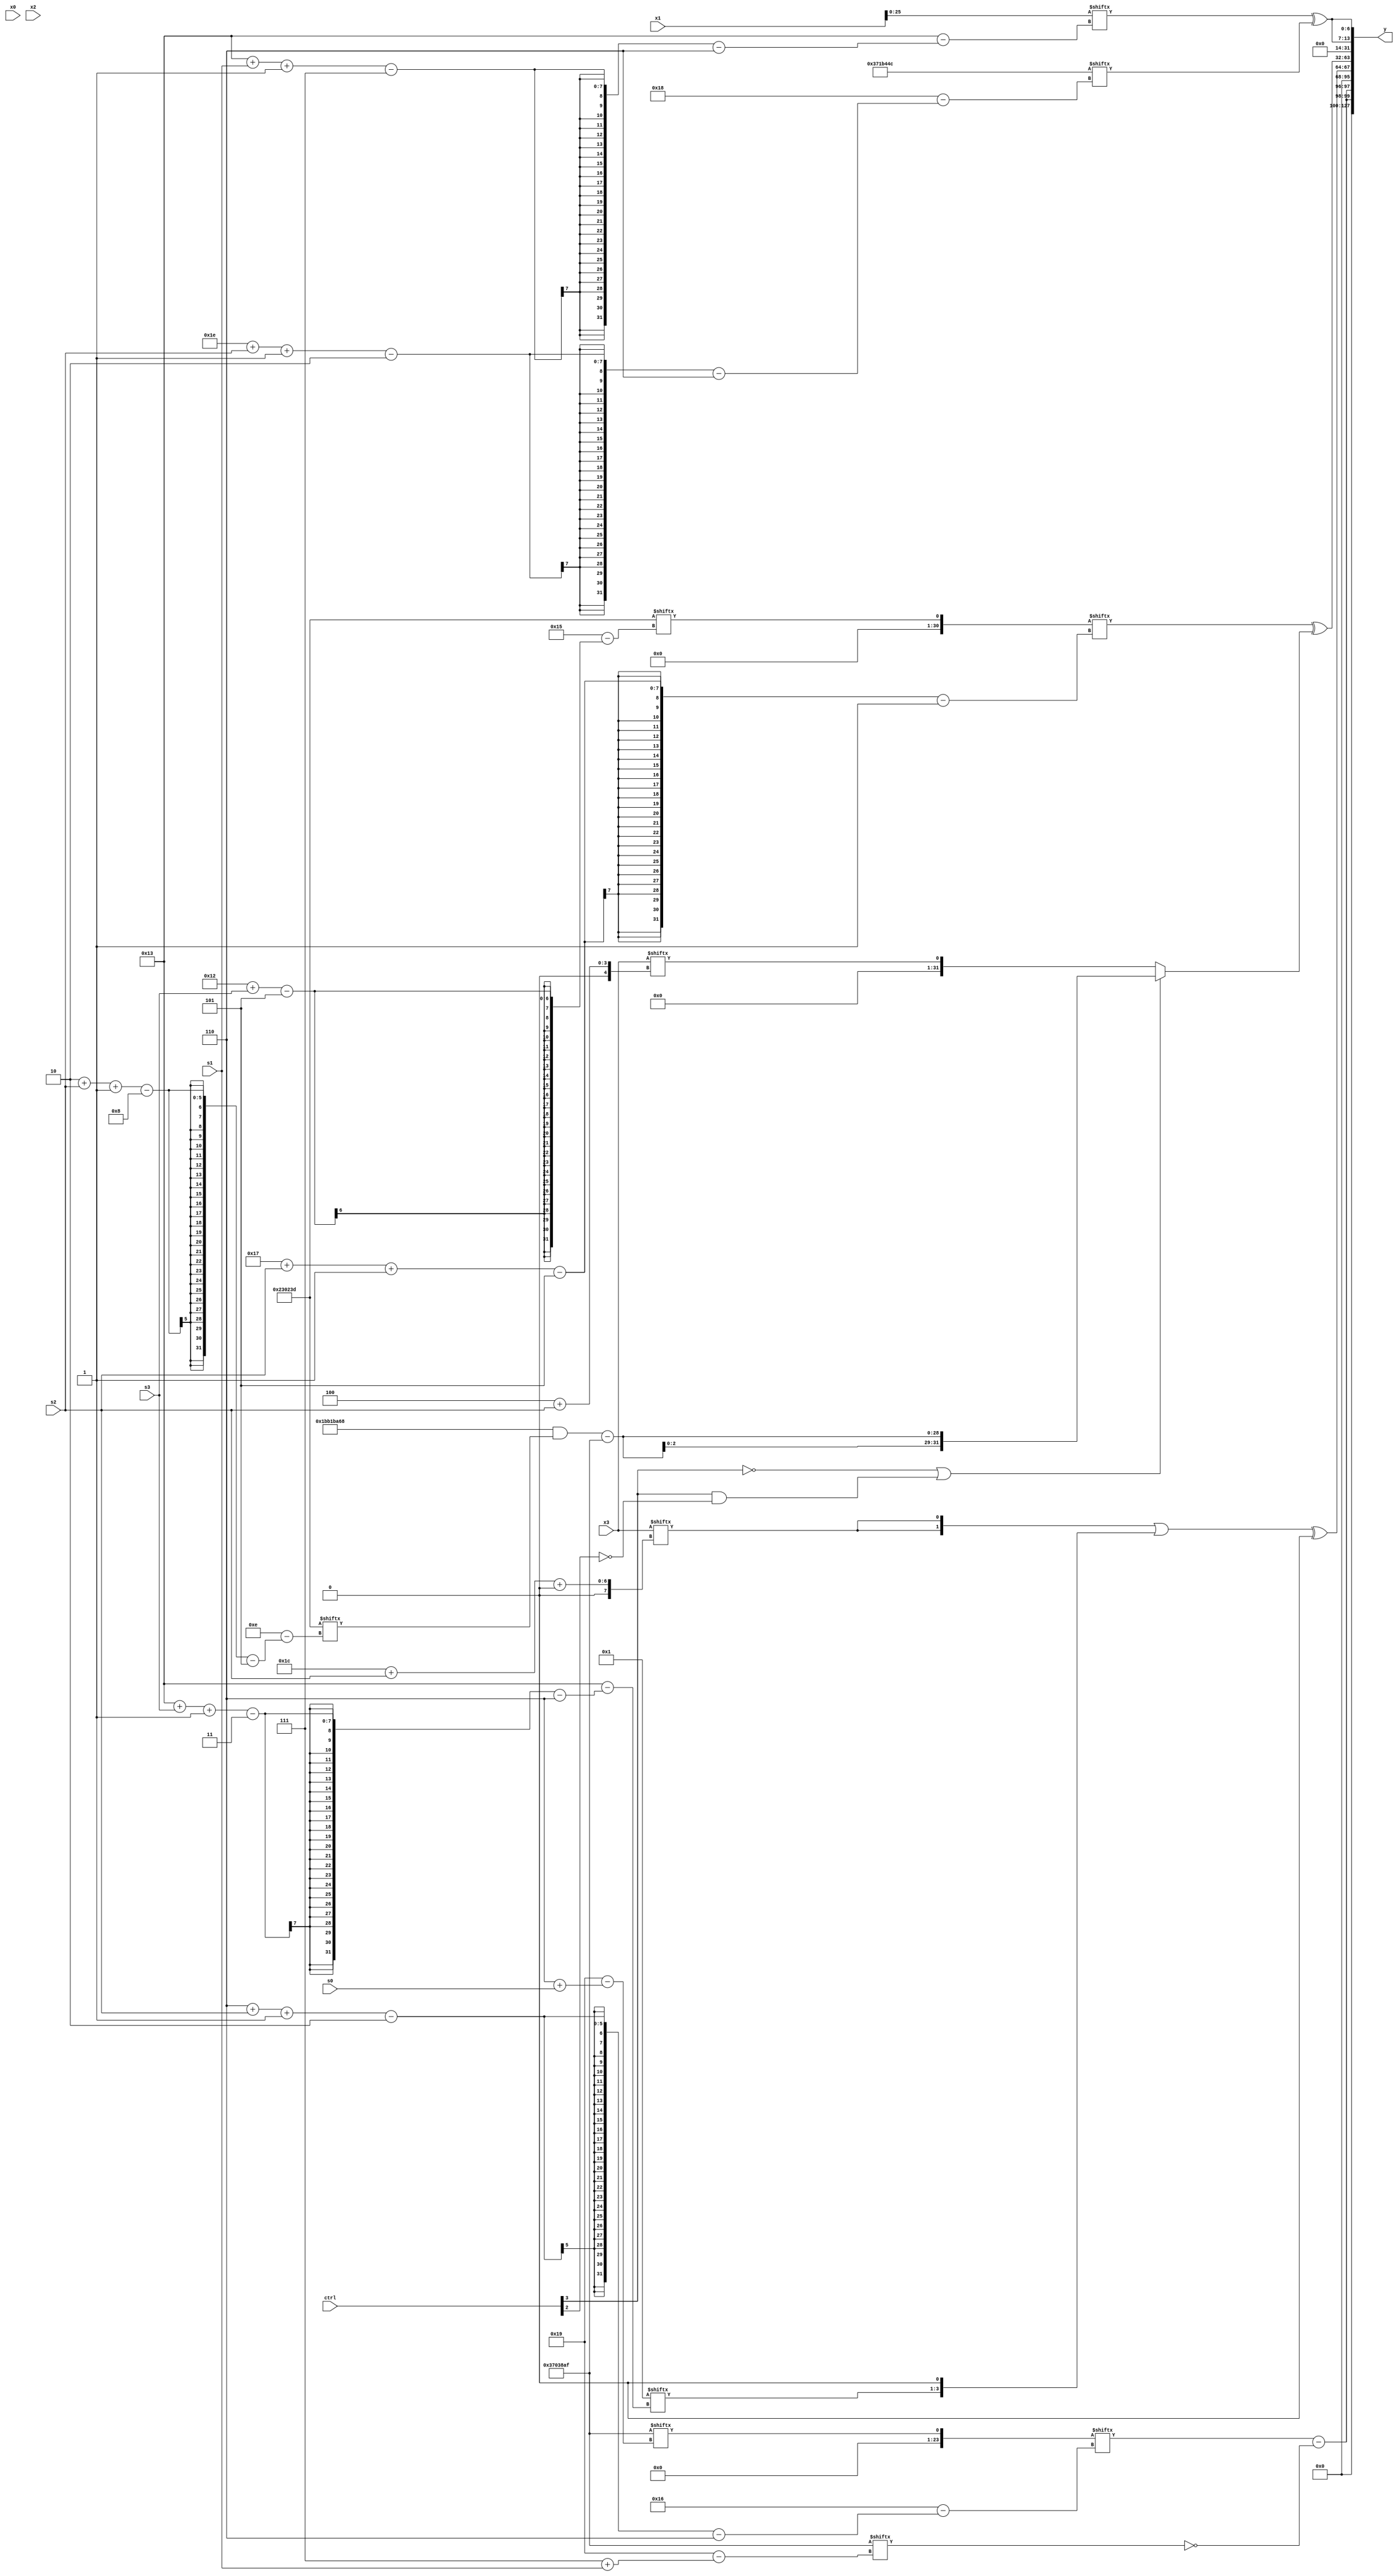
module partsel_00965(ctrl, s0, s1, s2, s3, x0, x1, x2, x3, y);
  input [3:0] ctrl;
  input [2:0] s0;
  input [2:0] s1;
  input [2:0] s2;
  input [2:0] s3;
  input signed [31:0] x0;
  input signed [31:0] x1;
  input signed [31:0] x2;
  input signed [31:0] x3;
  wire [0:29] x4;
  wire [1:26] x5;
  wire [31:1] x6;
  wire [24:6] x7;
  wire signed [6:31] x8;
  wire signed [28:0] x9;
  wire signed [6:27] x10;
  wire [5:29] x11;
  wire [5:25] x12;
  wire signed [2:30] x13;
  wire signed [3:31] x14;
  wire signed [6:29] x15;
  output [127:0] y;
  wire signed [31:0] y0;
  wire signed [31:0] y1;
  wire signed [31:0] y2;
  wire signed [31:0] y3;
  assign y = {y0,y1,y2,y3};
  localparam signed [0:25] p0 = 326121647;
  localparam signed [2:30] p1 = 464632424;
  localparam [5:26] p2 = 740491837;
  localparam [6:31] p3 = 594654284;
  assign x4 = x0[9];
  assign x5 = (p1[21 -: 2] + x3[19 + s3]);
  assign x6 = p2[18 + s3];
  assign x7 = (p2[22 + s0 +: 6] ^ x6[15 + s1]);
  assign x8 = x1;
  assign x9 = x8;
  assign x10 = p3[15 +: 1];
  assign x11 = ({2{x3[7 + s2]}} & (x4[16] & p1[13 -: 1]));
  assign x12 = (!ctrl[2] || ctrl[3] && !ctrl[3] ? x3[20 -: 3] : x3[23 -: 2]);
  assign x13 = (!ctrl[3] || !ctrl[3] || !ctrl[0] ? ((x1[17] + p3[18]) - x5) : (ctrl[1] || ctrl[2] && ctrl[3] ? ((p2[23] + p3[19 -: 1]) ^ (((x2[16] + x6[6 + s1 +: 5]) ^ x1[21 -: 1]) & (x5[9 + s3 -: 7] & p3[16 +: 1]))) : p0[4 + s1 -: 2]));
  assign x14 = (x7[14 + s1] & x9[22 -: 1]);
  assign x15 = p0[6 + s0];
  assign y0 = {2{(x15[6 + s2 -: 2] - (p3[15] ^ p0[7 + s1]))}};
  assign y1 = (({2{x3[28 + s2 +: 1]}} | {x10[19 + s3 -: 3], x6[9]}) ^ x10[20 -: 1]);
  assign y2 = (x6[23 + s2 -: 5] ^ {((ctrl[1] && ctrl[1] && !ctrl[1] ? x3[31 + s0 -: 5] : p3[19 + s1 -: 1]) - {2{p3}}), (!ctrl[3] || ctrl[3] && !ctrl[2] ? {2{((p1 & p2[2 + s2 -: 8]) - p0)}} : x3[4 + s2])});
  assign y3 = {2{(x8[19 + s1 -: 7] ^ p3[30 + s2 -: 2])}};
endmodule